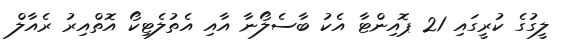
ލީގުގެ ކުރީގައި 21 ޕޮއިންޓާ އެކު ބާސެލޯނާ އާއި އެތުލެޓިކޯ އޮތްއިރު ރެއާލް